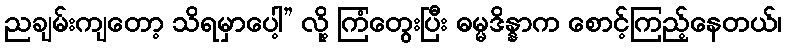
ညချမ်းကျတော့ သိရမှာပေါ့” လို့ ကြံတွေးပြီး ဓမ္မဒိန္နာက စောင့်ကြည့်နေတယ်၊